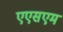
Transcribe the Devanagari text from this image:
एएसएम